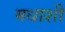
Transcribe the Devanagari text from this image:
मधाशी